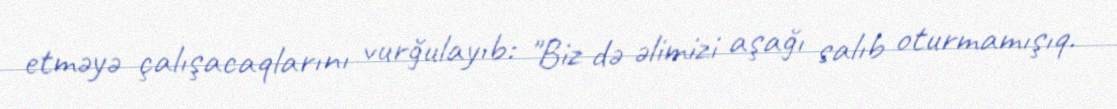
etməyə çalışacaqlarını vurğulayıb: "Biz də əlimizi aşağı salıb oturmamışıq.